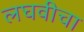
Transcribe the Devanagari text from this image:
लघवीचा